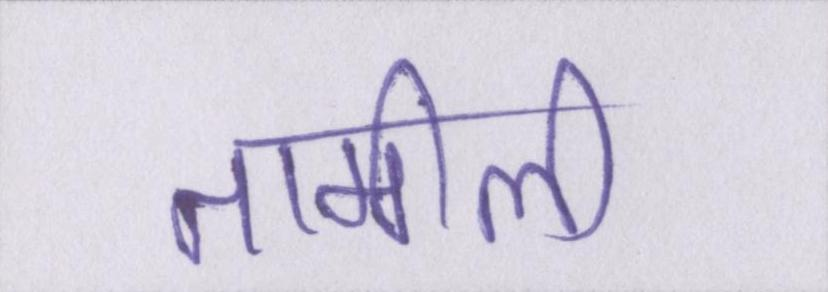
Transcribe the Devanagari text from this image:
तामीली